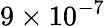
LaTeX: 9\times 10^{-7}